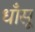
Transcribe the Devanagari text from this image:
धाँसू